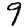
Digit: 9